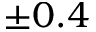
\pm 0 . 4